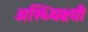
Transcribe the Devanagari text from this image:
अस्थ्यिक्ष्यी